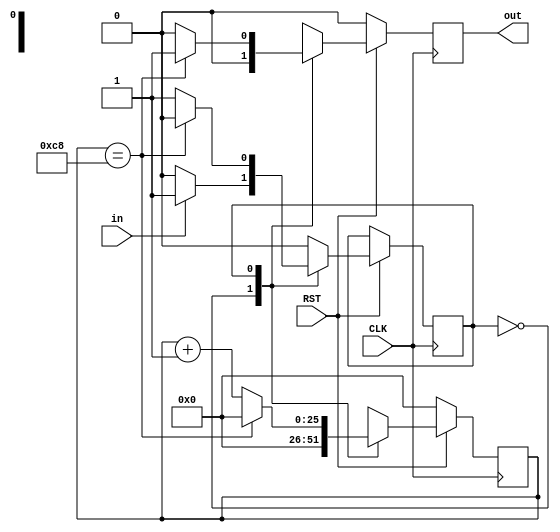
`timescale 1ns / 1ps
//////////////////////////////////////////////////////////////////////////////////
// Company: 
// Engineer: 
// 
// Design Name: 
// Module Name: delay
// Project Name: 
// Target Devices: 
// Tool Versions: 
// Description: 
// 
// Dependencies: 
// 
// Revision:
// Revision 0.01 - File Created
// Additional Comments:
// 
//////////////////////////////////////////////////////////////////////////////////


module delay(
    input CLK,
    input RST,
    input in,
    output out);
    reg [25:0] count;
    reg out_r;
    parameter count_s = 26'd200;    
    
    parameter IDLE = 1'b0; 
    parameter RUN = 1'b1;
    reg state; 
    
    always @(posedge CLK) begin
        if(!RST) begin
            count <= 0;
            out_r <= 0;
        end
        else begin 
            case (state)
            IDLE: begin
                    count <= 0;
                    out_r <= 0;
                    if(in)
                        state <= RUN;
                 end
            RUN: begin
                    if (count == count_s) begin
                        count <= 0;
                        out_r <= 1;
                        state <= IDLE;
                    end
                    else begin
                        count <= count + 1;
                        out_r <= 0;
                    end   
                 end
             default:state <= IDLE;
            endcase
        end
    end
assign out = out_r;

endmodule